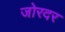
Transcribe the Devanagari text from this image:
जोरदर